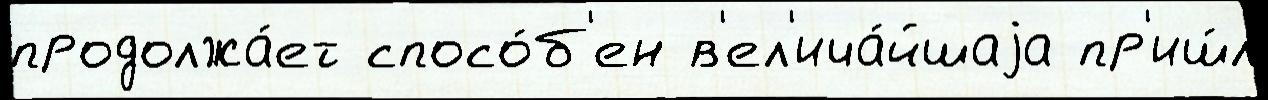
продолжа́ет спосо́б'ен в'ел'ича́йшаjа пр'иш́л